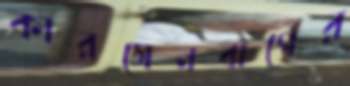
কারসেনবার্গের